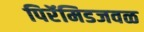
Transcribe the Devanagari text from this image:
पिरॅमिडजवळ